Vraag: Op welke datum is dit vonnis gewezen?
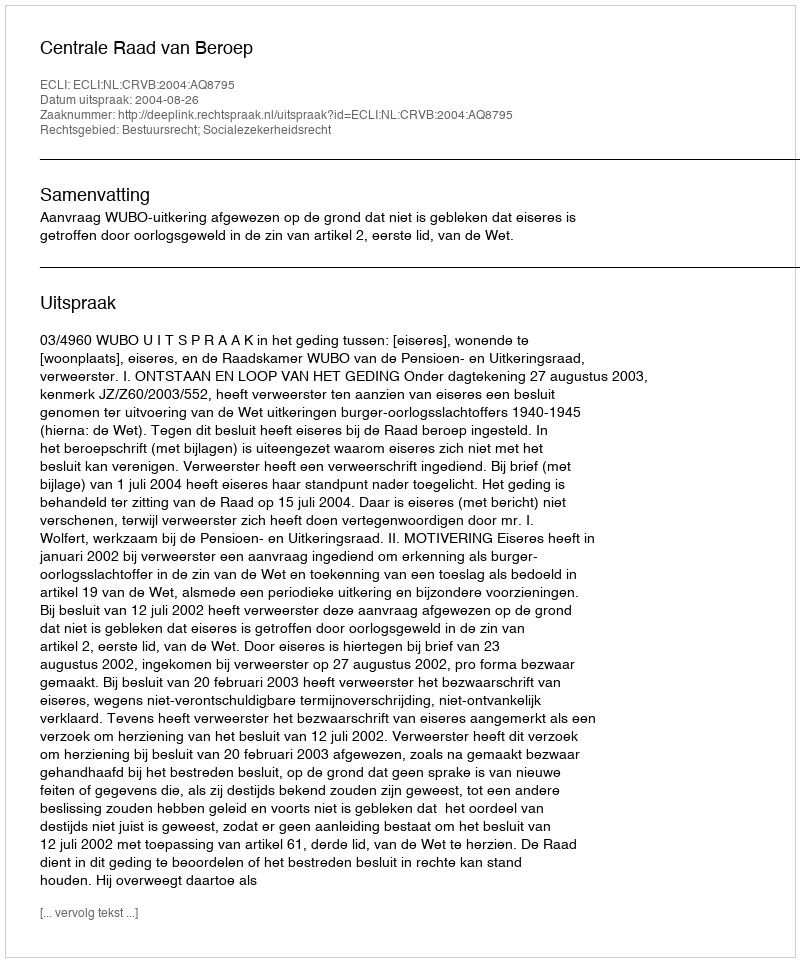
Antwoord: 2004-08-26